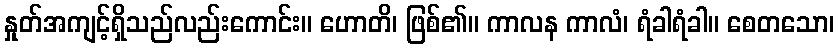
နှုတ်အကျင့်ရှိသည်လည်းကောင်း။ ဟောတိ၊ ဖြစ်၏။ ကာလန ကာလံ၊ ရံခါရံခါ။ စေတသော၊